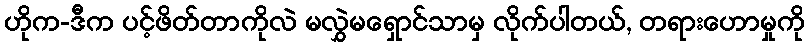
ဟိုက-ဒီက ပင့်ဖိတ်တာကိုလဲ မလွှဲမရှောင်သာမှ လိုက်ပါတယ်, တရားဟောမှုကို